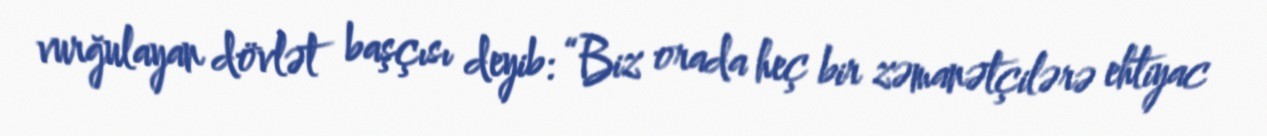
vurğulayan dövlət başçısı deyib: “Biz orada heç bir zəmanətçilərə ehtiyac